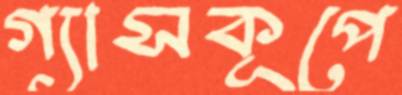
গ্যাসকূপে